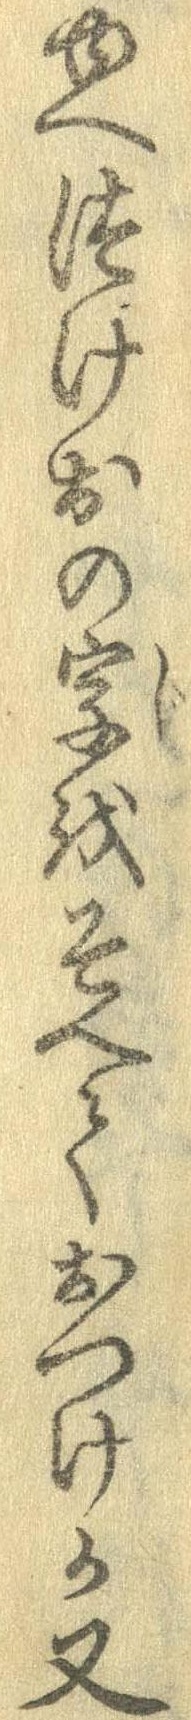
ゆへつけおの字をそへておつけか又